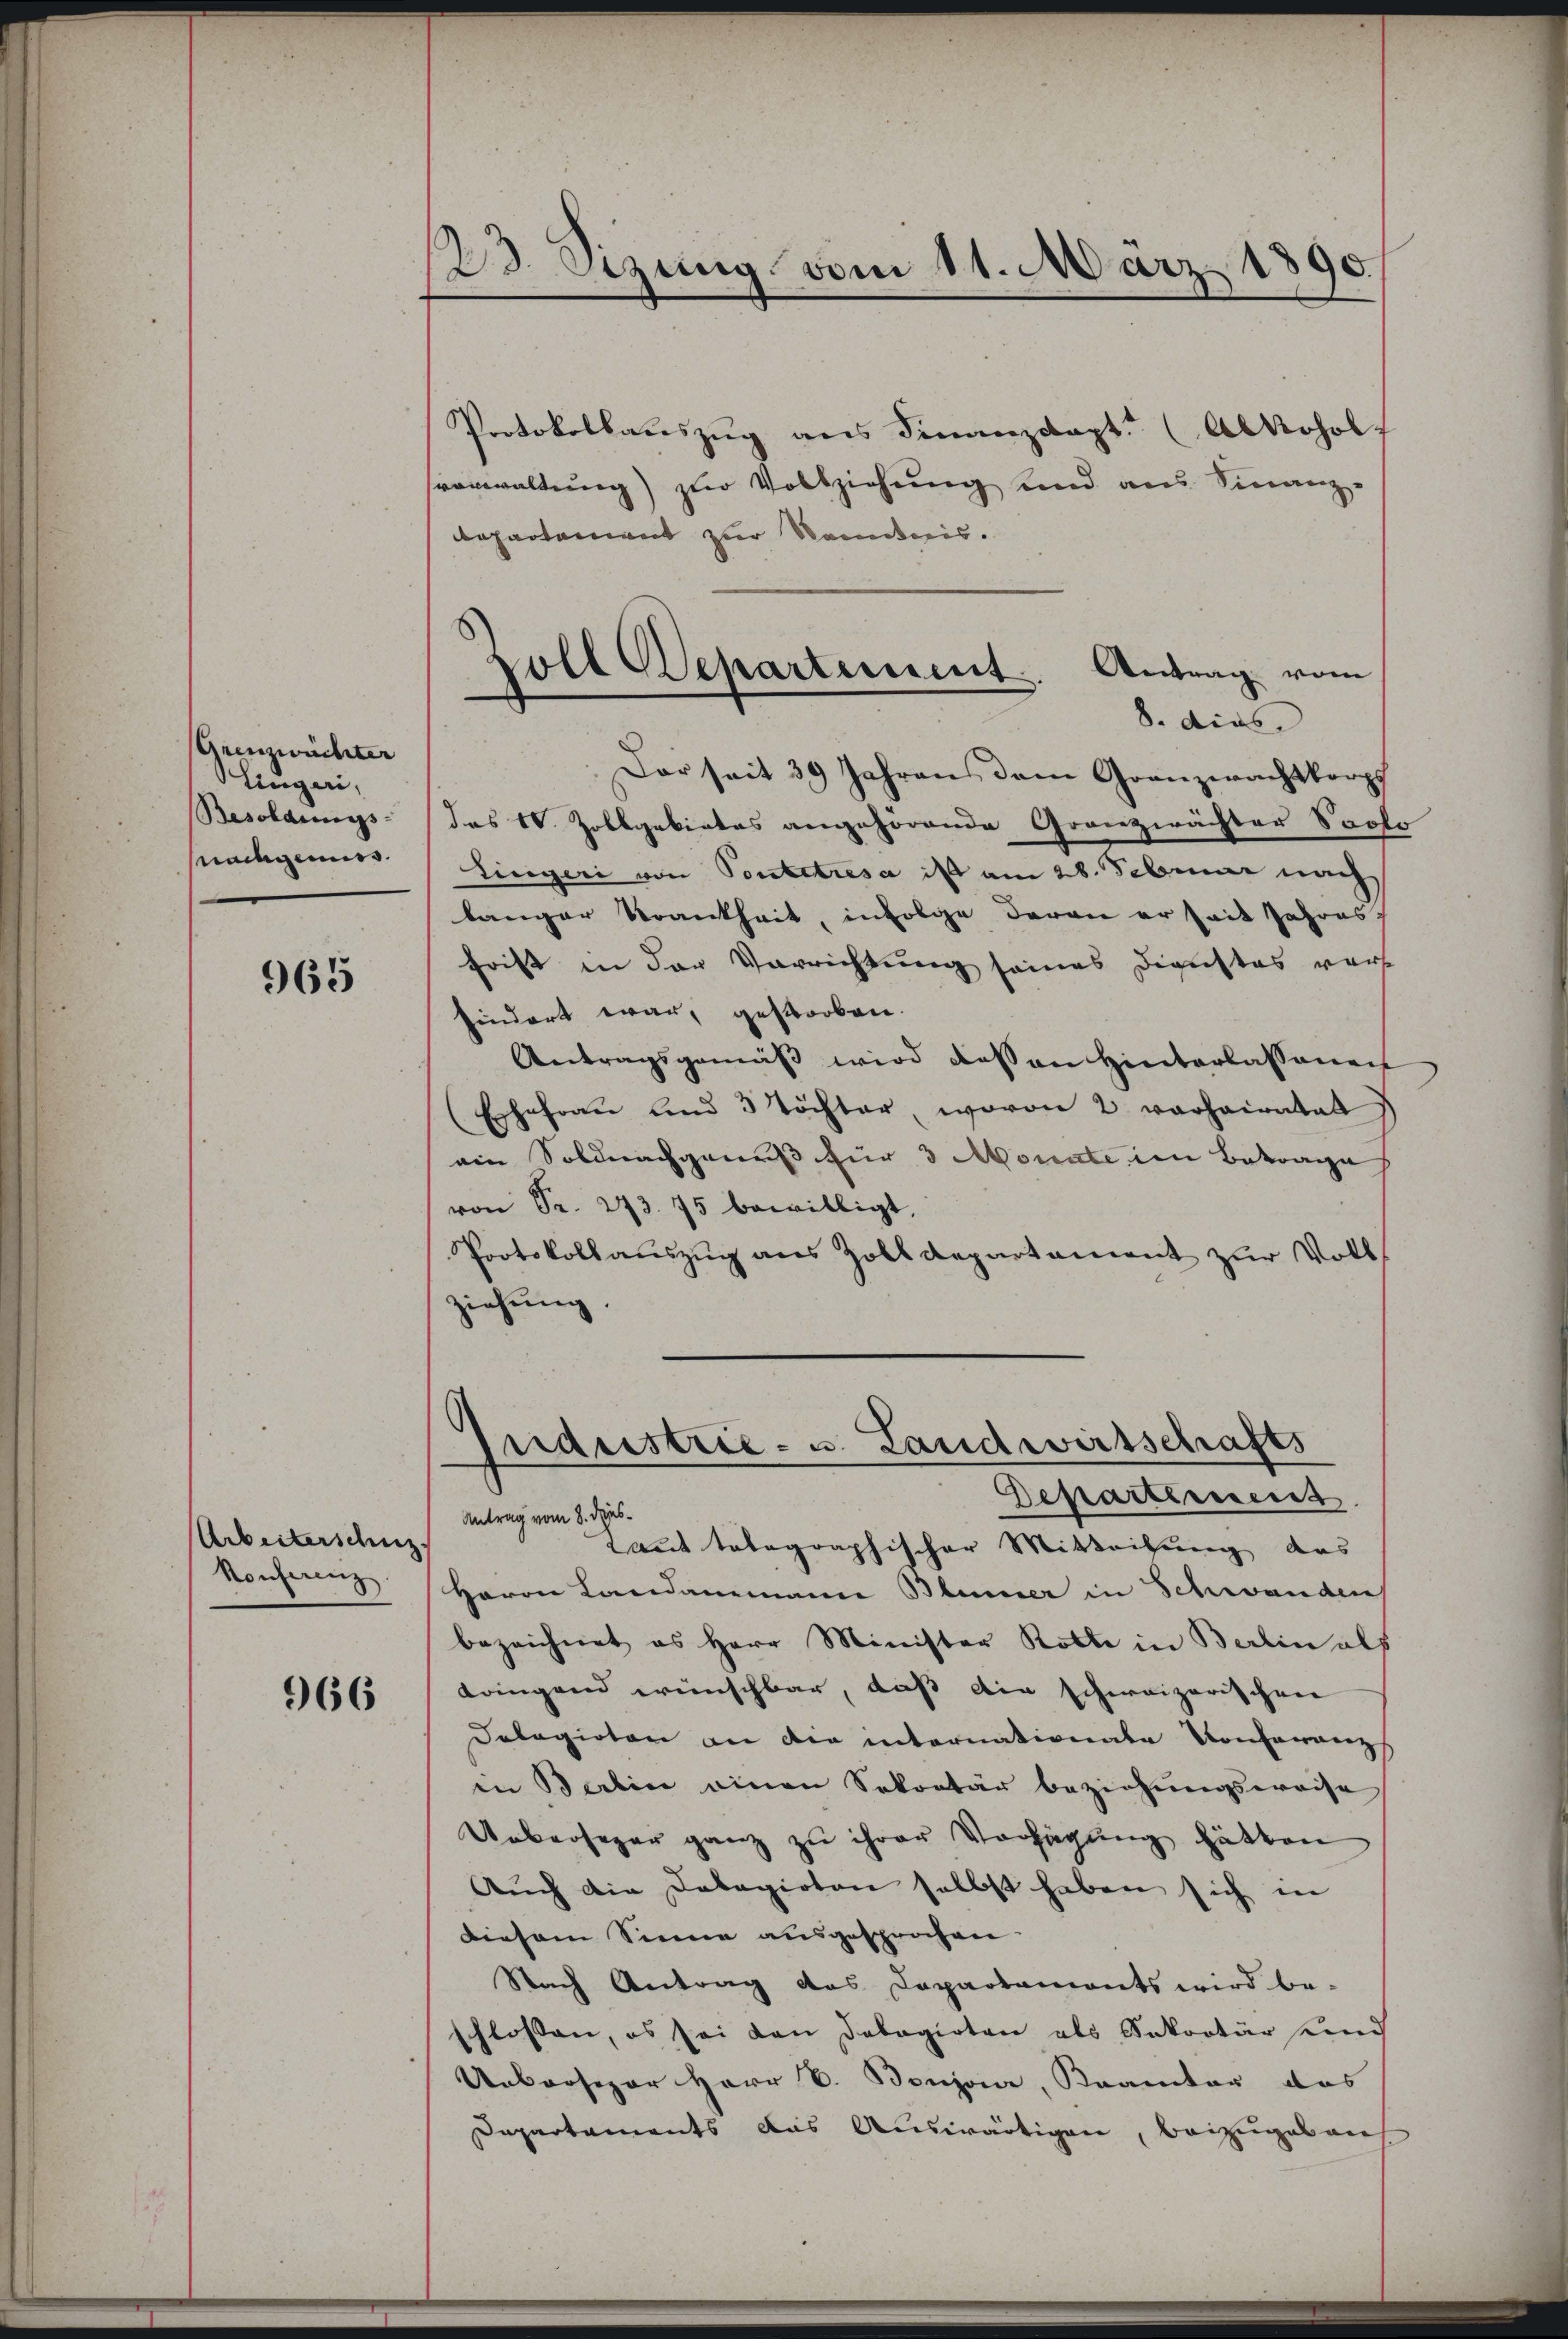
Grenzwachter
lingeri,
Besoldungs-
Madgemiss.

965

Arbeiterschuz.
Konferenz

966

E Szung vom 11. März 1890

Departement
Antrag vom 8. dies¬
Laut telegraphischer Mitteilung das
Herrn Landammann Blumer in Schwanden
bezeichnet es Herr Minister Rolle in Berlin als
dringend wünschbar, daß die schweizerischen
Delegirten an die internationale Konferranz
in Berlin einen Sekretär beziehungsweise
Uebersager ganz zu ihrer Verhägung hätten
Auch die Dobagirten selbst haben sich in
Diesem Sinne ausgesprochen.
Nach Antrag das Departaments wird be-
flossen, es sei den Delegirten als Sekretär und
Unbrosipor Herr V. Bonzona, Kramter das
Departaments aus Auswärtigen, beizugebens

Zoll Departement. Antrag vom
8. dies

Protokollauszug aus Finanzdapt. (Alkohol
vonwaltung) zur Vollziehung und aus Finanz-
Repartement zur Kenntnis.
Dar seit 30 Jahrens dem Granzwachtkorps
das IV. Zollgakiatas angehörende Granzwächter Solo
lingeri von Pontetresa ist am 28. Februar nach
langer Krankheit, infolge daran er seit Jahres,
frist in der Verrichtung seines Dienstes wart
hindert war, gestorben.
Antragsgemäß wird dessen Hinterlassenen
(Ehefrau und 3 Töchter, wovon 2 vorheiratet
ein Soldnachgewiß für 3 Monate im Betrage
von Sr. 273. 75 bewilligt,
Pootskollaŭszŭg ans Zolldepartament zŭr Voll
ziehung.

Industrie- u. Landwirtschafts